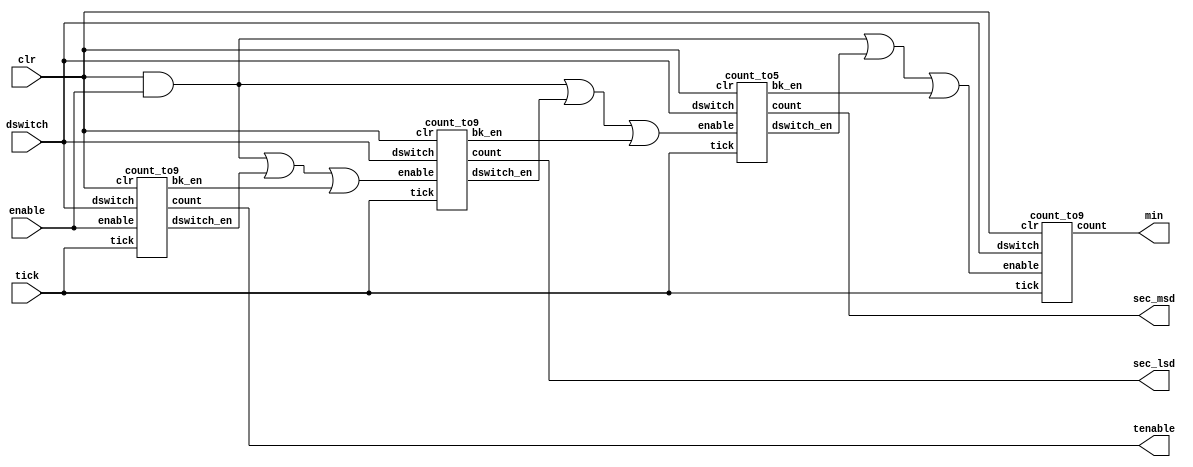
// This program was cloned from: https://github.com/tlimato/ee2390_final
// License: MIT License

// CounterModule.v
// Counts up or down, wrapping at 0 and 9:59:9
// Instantiate count files

module CounterModule(min,sec_msd,sec_lsd,tenable,tick,clr,enable,dswitch);
	output [3:0] min,sec_msd,sec_lsd,tenable;
	input  tick,clr,enable,dswitch;

	wire  dswitch_en,bk_en,mdswitch_en,mbk_en,min_dswitch_en,minbken,lsd_en,msd_en,min_en;

	count_to9 tenth(tenable,tick,clr,enable,dswitch,dswitch_en,bk_en); //Counts for the tenths place (to 9)
	count_to9 lsdig_second(sec_lsd,tick,clr,lsd_en,dswitch,mdswitch_en,mbk_en); // counts least significant digit for seconds (to 9)
	count_to5 msdig_second(sec_msd,tick,clr,msd_en,dswitch,min_dswitch_en,minbken); // most significant digit for seconds (to 5)
	count_to9 minute(min,tick,clr,min_en,dswitch, , ); // counts minutes (to 9)

	assign lsd_en = (clr && enable) || dswitch_en || bk_en;
	assign msd_en = (clr && enable) || mdswitch_en || mbk_en;
	assign min_en = (clr && enable) || min_dswitch_en || minbken;
endmodule

// Handles counting to 9

module count_to9(count,tick,clr,enable,dswitch,dswitch_en,bk_en);
	output reg [3:0] count;
	output       dswitch_en, bk_en;
	input        tick, clr, enable, dswitch;

	reg    [3:0] count_n = 4'b0000;

	// Go to next count every posedge of the clock
	always @(posedge tick)
	begin
		if(enable)
			count <= count_n;
		else
			count <= count;
        if(clr)
            count <= 0;
	end

	// Handles wrap around at 9 and 0
	always @(count or dswitch)
	begin
		if(dswitch)
			count_n=(count==9) ? 0 : count+4'b0001;
		else
			count_n=(count==0) ? 9 : count-4'b0001;
	end

	assign dswitch_en = (count==9) && dswitch && enable;
	assign bk_en = (count==0) && !dswitch && enable;
endmodule

// Handles counting to 5 

module count_to5(count,tick,clr,enable,dswitch,dswitch_en,bk_en);
	output reg [3:0] count;
	output       dswitch_en, bk_en;
	input        tick, clr, enable, dswitch;

	reg    [3:0] count_n = 4'b0000;

	// Go to next count every posedge of the clock
	always @(posedge tick)
	begin
		if(enable)
            count <= count_n;
        else
            count <= count;
        if(clr)
            count <= 0;
	end

	// Handle rollover
	always @(count or dswitch)
	begin
		if(dswitch)
			count_n=(count==5) ? 0 : count+4'b0001;
		else
			count_n=(count==0) ? 5 : count-4'b0001;
	end

	assign dswitch_en = (count==5) && dswitch && enable;
	assign bk_en = (count==0) && !dswitch && enable;
endmodule